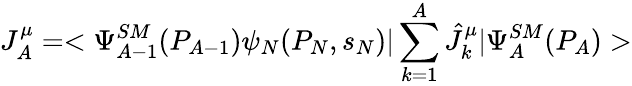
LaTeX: J_{A}^{\mu}=<\Psi_{A-1}^{SM}(P_{A-1})\psi_{N}(P_{N},s_{N})|\sum_{k=1}^{A}\hat{J}_{k}^{\mu}|\Psi_{A}^{SM}(P_{A})>